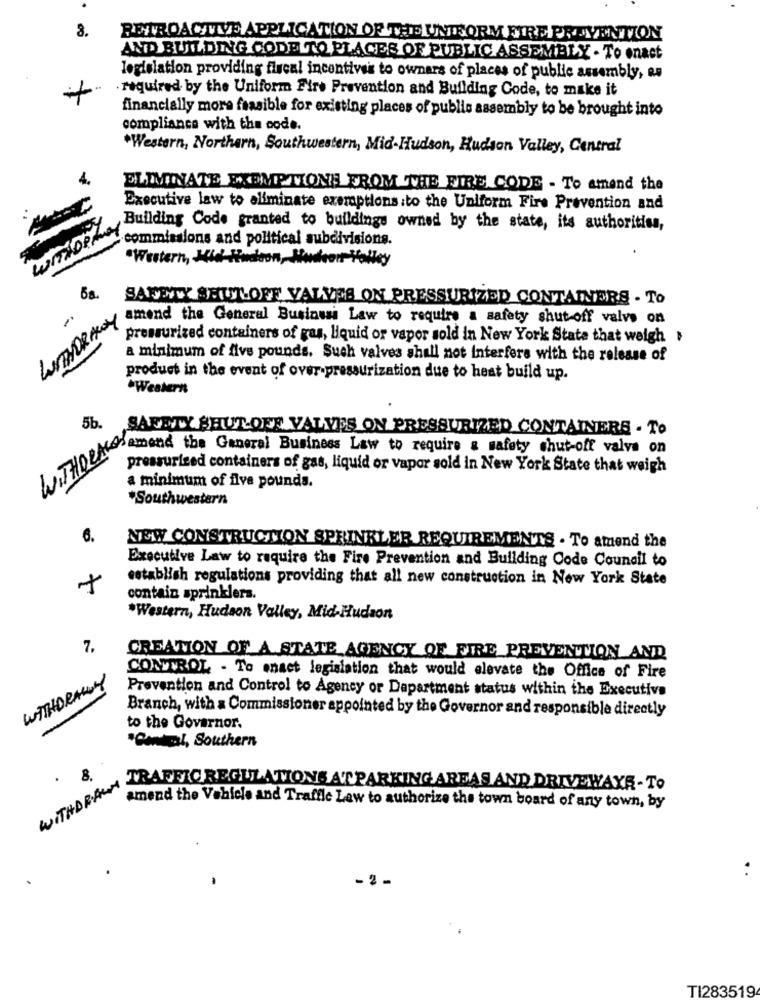
8.
RETROACTIVE APPLICATION OF THE UNIFORM FIRE PREVENTION
AND BUILDING CODE TO PLACES OF PUBLIC ASSEMBLY - To enact
legislation providing fiscal incentives to owners of places of public assembly, as
required by the Uniform Fire Prevention and Building Code, to make it
financially more feasible for existing places of public assembly to be brought into
compliance with the code.
*Western, Northern, Southwestern, Mid-Hudson, Hudson Valley, Central
4.
ELIMINATE EXEMPTIONS FROM THE FIRE CODE - To amend the
Executive law to eliminate exemptionsito the Uniform Fire Prevention and
Building Code granted to buildings owned by the state, its authorities,
commissions and political subdivisions.
"Western, Mid-Hudson, Nonshort"
Wy
6a,
SAUMWY SELLOFF VALVES ON PRESSURIZED CONTAINERS - TO
LUTNORANY
amend the General Business Law to require a safety shut off valve on
pressurized containers of gas, liquid or vapor sold in New York State that weigh
a minimum of five pounds. Such valves shall not interfere with the release of
product in the event of over-pressurization due to heat build up.
.Western
5b.
SAFETY SHUT OFE VALVES ON PRESSURIZED CONTAINERS - To
WITHORALOS
WORAN BRONCE the General Business Law to require a safety chut-off valve on
pressurized containers of gas, liquid or vapor sold in New York State that weigh
a minimum of five pounds.
*Southwestern
6.
NEW CONSTRUCTION SPRINKLER REQUIREMENTS . To attend the
Executive Law to require the Fire Prevention and Building Code Council to
establish regulations providing that all new construction in New York State
contain sprinklers.
*Western, Hudson Valley, Mid-Hudson
7.
CREATION OF A STATE AGENCY OF FIRE PREVENTION AND
WITHDRAWY
CONTROL - To enact legislation that would elevate the Office of Fire
Prevention and Control to Agency or Department status within the Executive
Branch, with & Commissioner appointed by the Governor and responsible directly
to the Governor.
"Control, Southern
8.
Happen amond thi RaGHILATIONS ATPARKING AREAS AND DRIVEWAYRA
amend the Vehicle and Traffle Law to authorize the town board of any town, by
-
- 2 -
TI283519